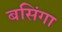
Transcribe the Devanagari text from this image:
बसिंगा